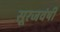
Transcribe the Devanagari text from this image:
सूरजवंषी